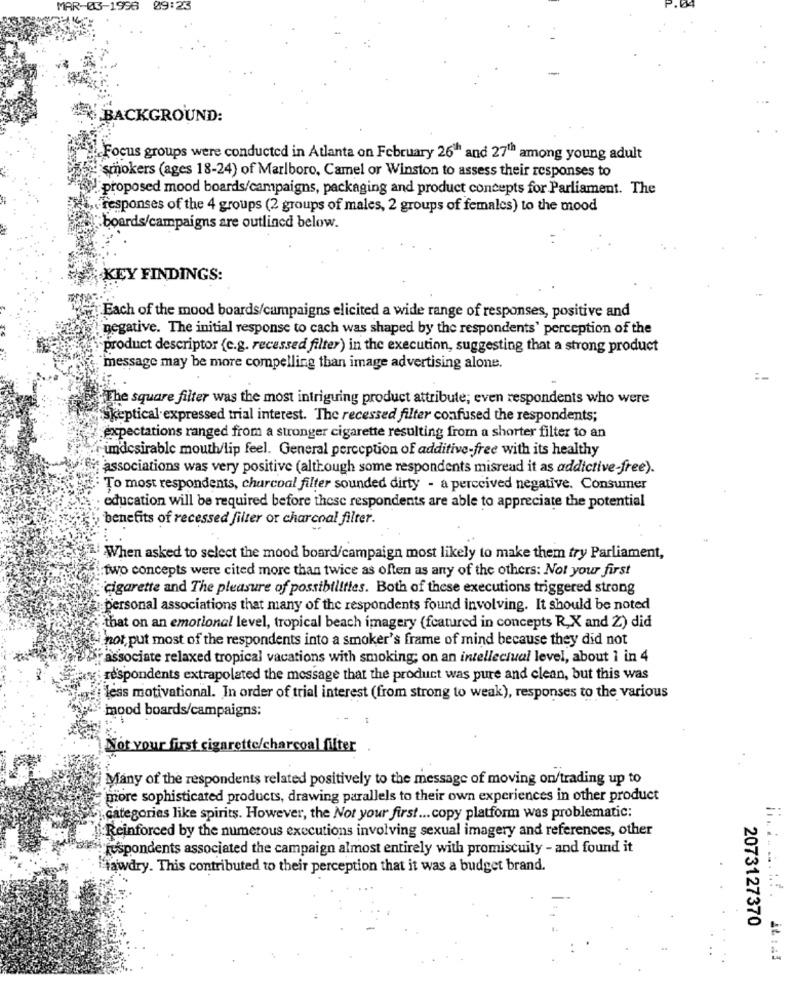
MAR-03-1998 09:23
BACKGROUND:
Focus groups were conducted in Atlanta on February 26" and 27' among young adult
smokers (ages 18-24) of Marlboro, Camel or Winston to assess their responses to
proposed mood boards/campaigns, packaging and product concepts for Parliament. The
responses of the 4 groups (2 groups of males, 2 groups of females) to the mood
boards/campaigns are outlined below.
KEY FINDINGS:
Each of the mood boards/campaigns elicited a wide range of responses, positive and
negative. The initial response to cach was shaped by the respondents' perception of the
product descriptor (e.g. recessed filter) in the execution, suggesting that a strong product
message may be more compelling than image advertising alone.
The square filter was the most intriguing product attribute; even respondents who were
skeptical expressed trial interest. The recessed filter confused the respondents;
expectations ranged from a stronger cigarette resulting from a shorter filter to an
umdesirable mouth/lip feel. General perception of additive-free with its healthy
associations was very positive (although some respondents misread it as addictive-free).
To most respondents, charcoal filter sounded dirty - a perceived negative. Consumer
education will be required before these respondents are able to appreciate the potential
benefits of recessed filter or charcoal filter.
When asked to select the mood board/campaign most likely to make them try Parliament,
:two concepts were cited more than twice as often as any of the others: Not your first
cigarette and The pleasure of possibilities. Both of these executions triggered strong
personal associations that many of the respondents found involving. It should be noted
that on an emotional level, tropical beach imagery (featured in concepts R,X and Z) did
por, put most of the respondents into a smoker's frame of mind because they did not
associate relaxed tropical vacations with smoking; on an intellectual level, about 1 in 4
respondents extrapolated the message that the product was pure and clean, but this was
less motivational. In order of trial interest (from strong to weak), responses to the various
mood boards/campaigns:
Not your first cigarette/charcoal filter
Many of the respondents related positively to the message of moving on/trading up to
more sophisticated products, drawing parallels to their own experiences in other product
categories like spirits. However, the Not your first ... copy platform was problematic:
Reinforced by the numerous executions involving sexual imagery and references, other
respondents associated the campaign almost entirely with promiscuity - and found it
Hawdry. This contributed to their perception that it was a budget brand.
2073127370